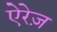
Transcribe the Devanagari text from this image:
ऐरेज़